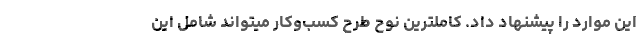
این موارد را پیشنهاد داد. کاملترین نوح طرح کسب‌وکار میتواند شامل این